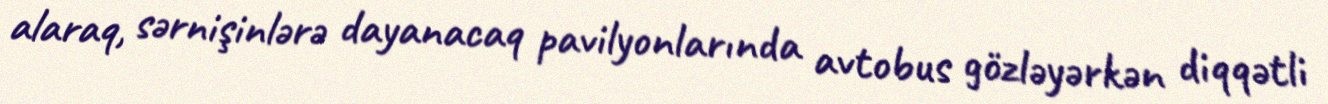
alaraq, sərnişinlərə dayanacaq pavilyonlarında avtobus gözləyərkən diqqətli